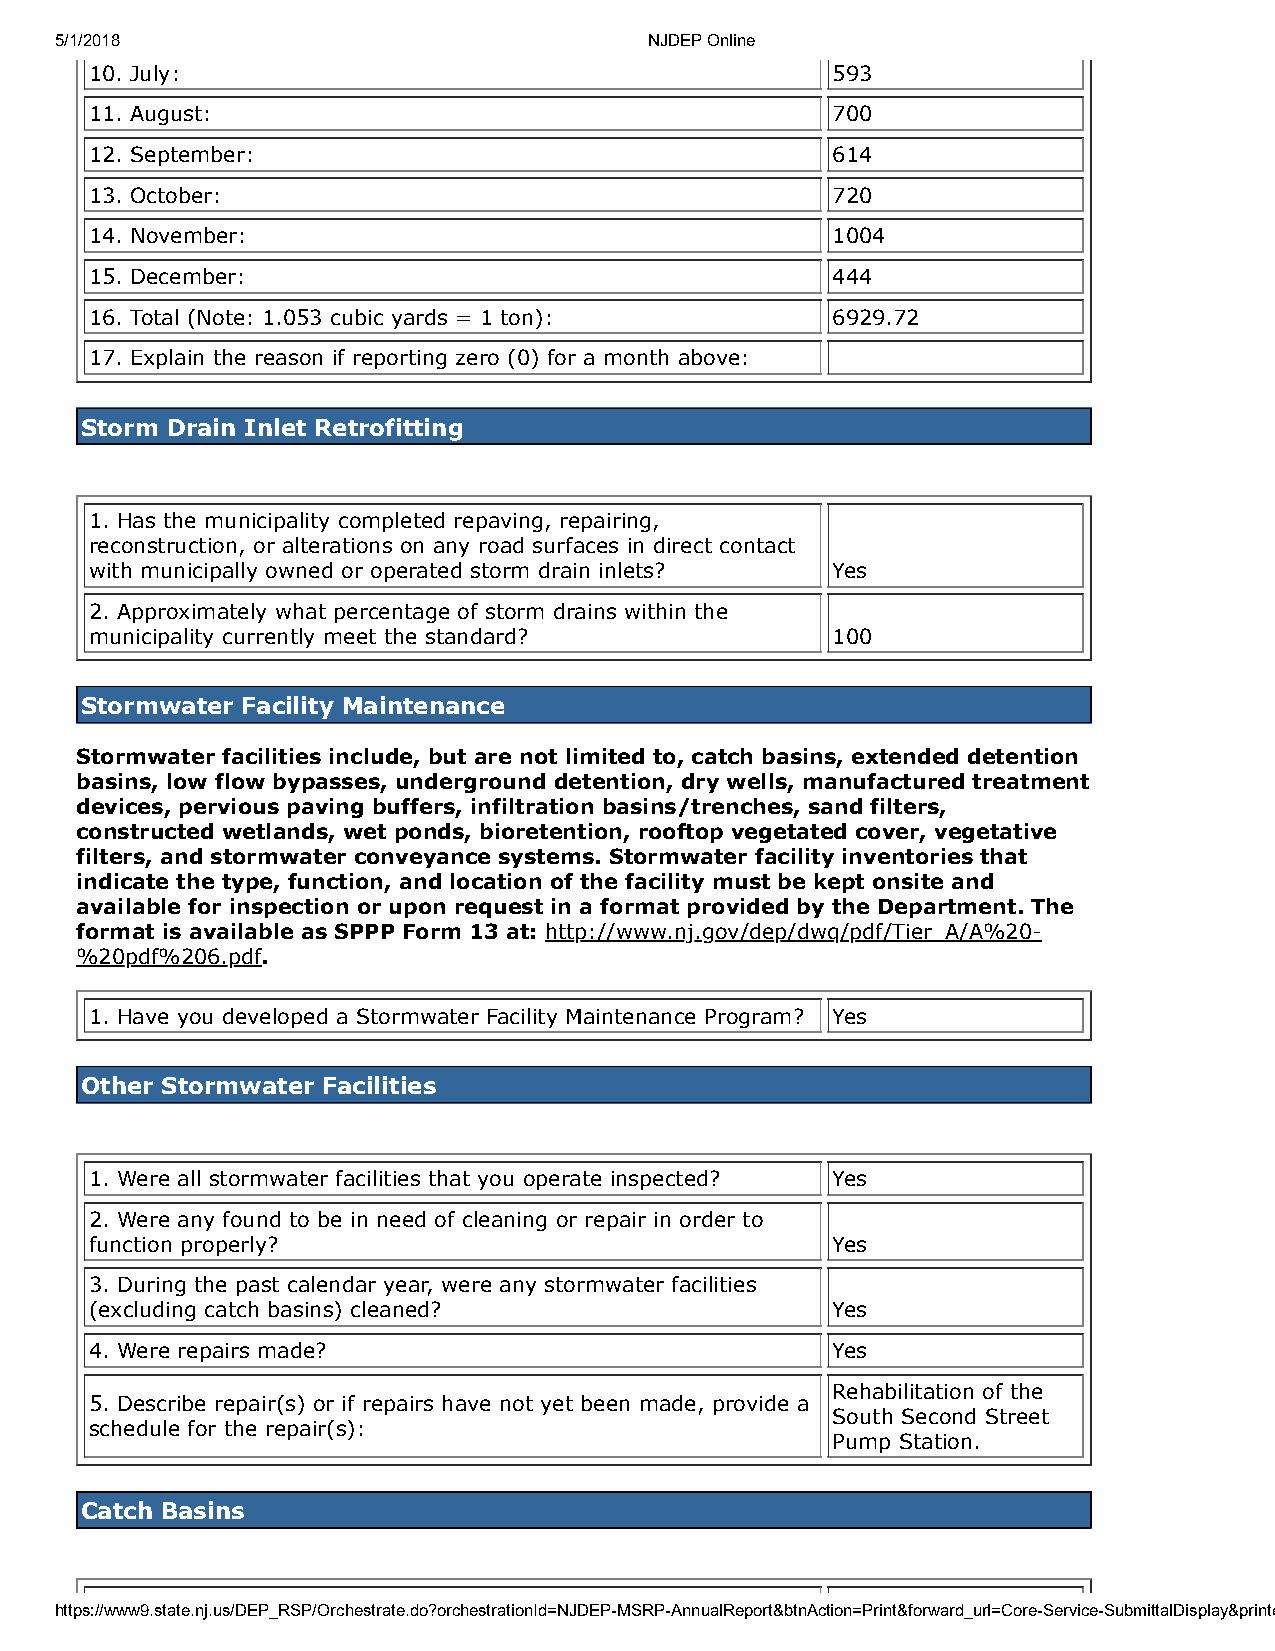
5/1/2018                               NJDEP Online
 10. July:                                        593
 11. August:                                      700
 12. September:                                   614
 13. October:                                     720
 14. November:                                    1004
 15. December:                                    444
 16. Total (Note: 1.053 cubic yards = 1 ton):     6929.72
 17. Explain the reason if reporting zero (0) for a month above:
 Storm Drain Inlet Retrofitting
 1. Has the municipality completed repaving, repairing,
 reconstruction, or alterations on any road surfaces in direct contact
 with municipally owned or operated storm drain inlets? Yes
 2. Approximately what percentage of storm drains within the
 municipality currently meet the standard?        100
 Stormwater Facility Maintenance
 Stormwater facilities include, but are not limited to, catch basins, extended detention
 basins, low flow bypasses, underground detention, dry wells, manufactured treatment
 devices, pervious paving buffers, infiltration basins/trenches, sand filters,
 constructed wetlands, wet ponds, bioretention, rooftop vegetated cover, vegetative
 filters, and stormwater conveyance systems. Stormwater facility inventories that
 indicate the type, function, and location of the facility must be kept onsite and
 available for inspection or upon request in a format provided by the Department. The
 format is available as SPPP Form 13 at: http://www.nj.gov/dep/dwq/pdf/Tier_A/A%20-
 %20pdf%206.pdf.
 1. Have you developed a Stormwater Facility Maintenance Program? Yes
 Other Stormwater Facilities
 1. Were all stormwater facilities that you operate inspected? Yes
 2. Were any found to be in need of cleaning or repair in order to
 function properly?                               Yes
 3. During the past calendar year, were any stormwater facilities
 (excluding catch basins) cleaned?                Yes
 4. Were repairs made?                            Yes
 Rehabilitation of the
 5. Describe repair(s) or if repairs have not yet been made, provide a
 South Second Street
 schedule for the repair(s):
 Pump Station.
 Catch Basins
 https://www9.state.nj.us/DEP_RSP/Orchestrate.do?orchestrationId=NJDEP-MSRP-AnnualReport&btnAction=Print&forward_url=Core-Service-SubmittalDisplay&printe